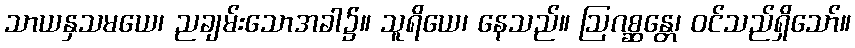
သာယနှသမယေ၊ ညချမ်းသောအခါ၌။ သူရိယေ၊ နေသည်။ ဩဂစ္ဆန္တေ၊ ဝင်သည်ရှိသော်။